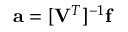
\mathbf { a } = [ \mathbf { V } ^ { T } ] ^ { - 1 } \mathbf { f }